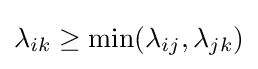
\lambda _{ik}\geq \min(\lambda _{ij},\lambda _{jk})